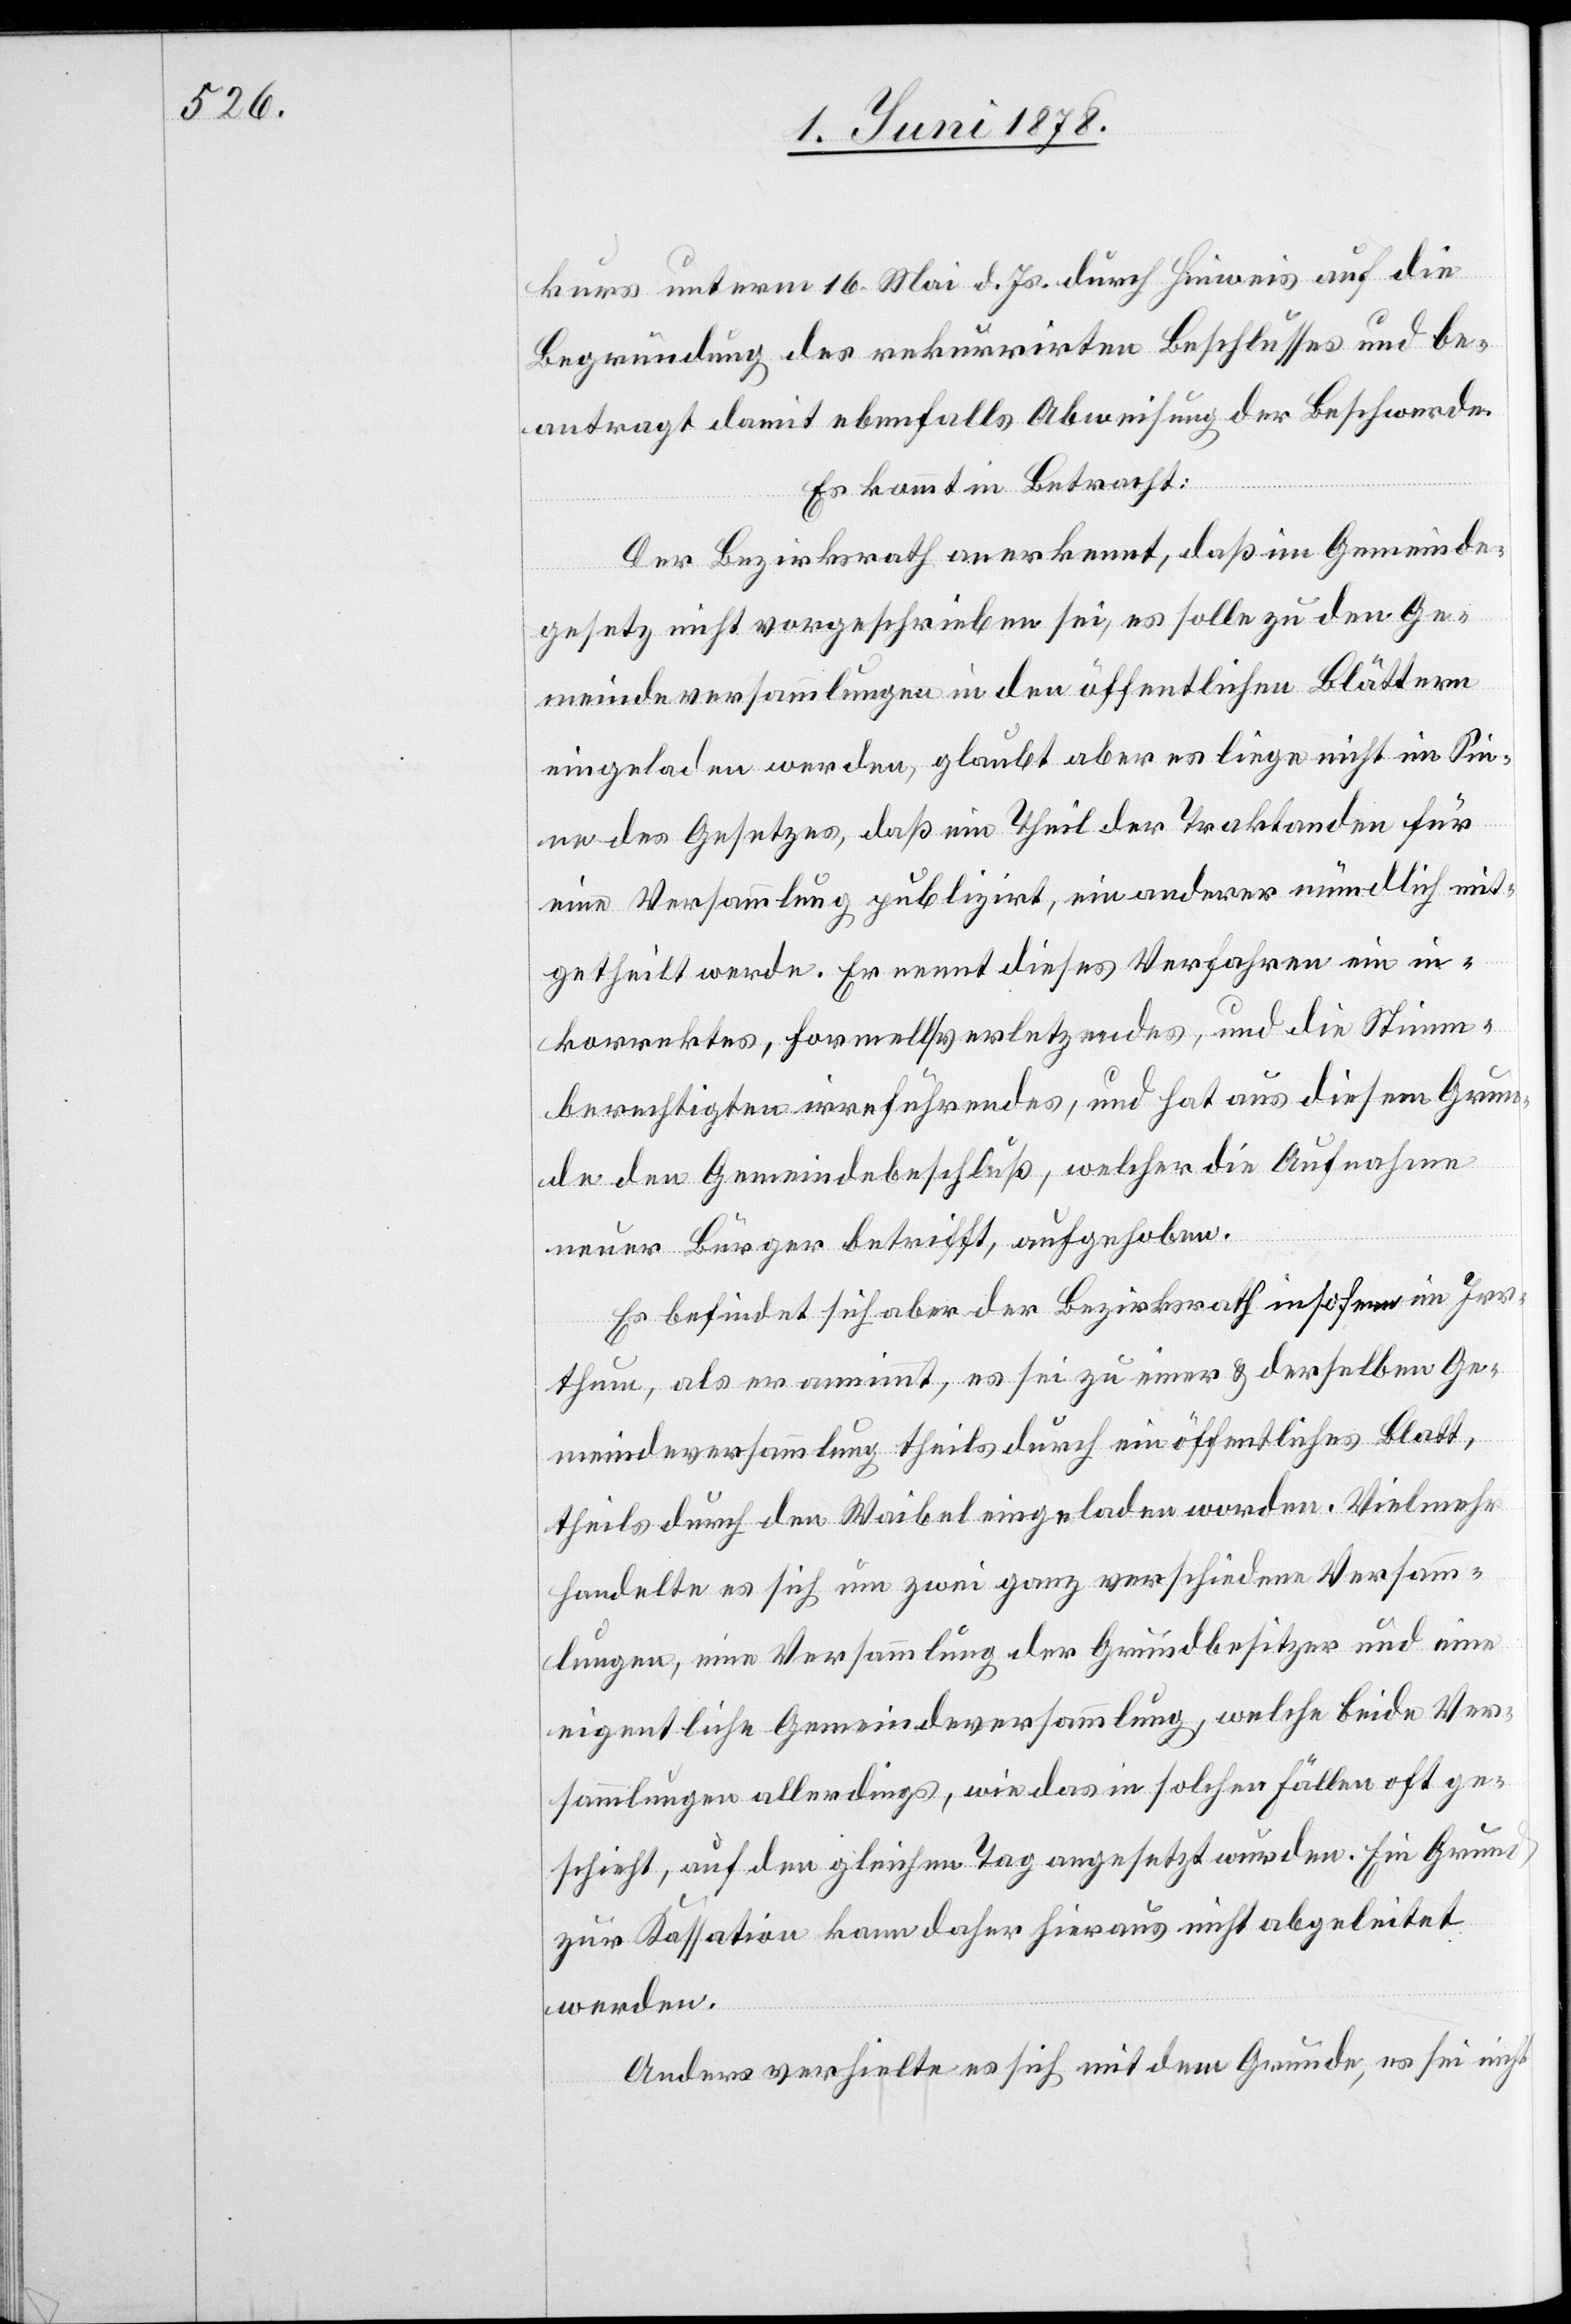
kurs unterm 16. Mai d. Js. durch Hinweis auf die
Begründung des rekurrirten Beschlusses und be¬
antragt damit ebenfalls Abweisung der Beschwerde.
Es kommt in Betracht:
Der Bezirksrath anerkennt, daß im Gemeinde¬
gesetz nicht vorgeschrieben sei, es solle zu den Ge¬
meindeversammlungen in den öffentlichen Blättern
eingeladen werden, glaubt aber es liege nicht im Sin¬
ne des Gesetzes, daß ein Theil der Traktanden für
eine Versammlung publizirt, ein anderer mündlich mit¬
getheilt werde. Er nennt dieses Verfahren ein in¬
korrektes, formell verletzendes, und die Stimm¬
berechtigten irreführendes, und hat aus diesem Grun¬
de den Gemeindebeschluß, welcher die Aufnahme
neuer Bürger betrifft, aufgehoben.
Es befindet sich aber der Bezirksrath insofern im Irr¬
thum, als er annimmt, es sei zu einer & derselben Ge¬
meindeversammlung theils durch ein öffentliches Blatt,
theils durch den Waibel eingeladen worden. Vielmehr
handelte es sich um zwei ganz verschiedene Versamm¬
lungen, eine Versammlung der Grundbesitzer und eine
eigentliche Gemeindeversammlung, welche beide Ver¬
sammlungen allerdings, wie das in solchen Fällen oft ge¬
schieht, auf den gleichen Tag angesetzt wurden. Ein Grund
zur Kassation kann daher hieraus nicht abgeleitet
werden.
Anders verhielte es sich mit dem Grunde, es sei nicht